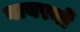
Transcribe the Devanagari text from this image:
वायरनों